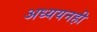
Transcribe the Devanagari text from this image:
अध्ययनही